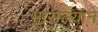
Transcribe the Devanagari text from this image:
भासल्याने